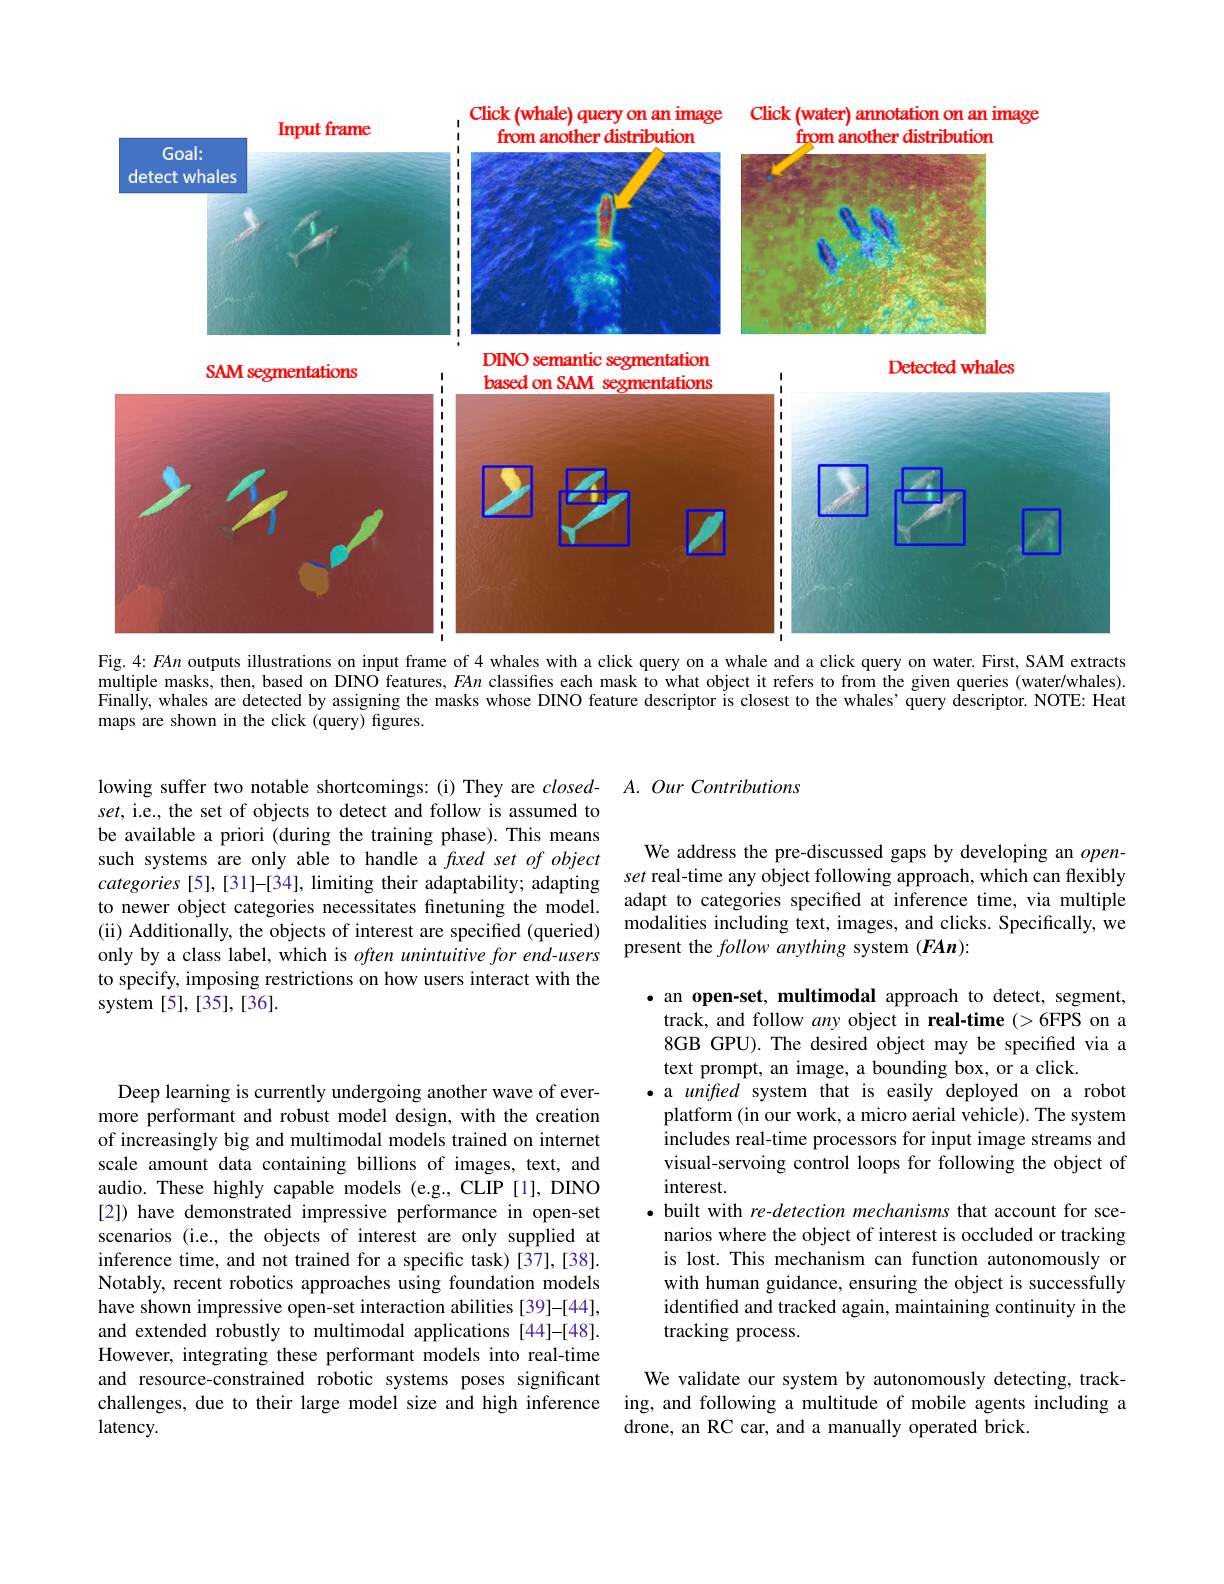
Click (water) annotation on an image
<FigureHere>

Click (whale) query on an image

Fig. $4:FAn$ outputs illustrations on input frame of 4 whales with a click query on a whale and a click query on water. First, SAM extracts

multiple masks, then, based on DINO features, FAn classifies each mask to what object it refers to from the given queries (water/whales). Finaliy, whales are detected by assigning the masks whose DINO feature descriptor is closest to the whales’query descriptor. NOTE: Heat maps are shown in the click (query) figures.

lowing suffer two notable shortcomings: (i) They are $closed-$ $A. Our$ Contributions
set, i.e., the set of objects to detect and follow is assumed to be available a priori (during the training phase). This means such systems are only able to handle a fixed set of object categories [5], [31]-[34], limiting their adaptability; adapting to newer object categories necessitates finetuning the model. (ii) Additionally, the objects of interest are specified (queried) only by a class label, which is often unintuitive for end-users to specify, imposing restrictions on how users interact with the system [5],[35],[36].

Deep learning is currently undergoing another wave of evermore performant and robust model design, with the creation of increasingly big and multimodal models trained on internet scale amount data containing billions of images, text, and audio. These highly capable models (e.g., CLIP [1], DINO [2]) have demonstrated impressive performance in open-set scenarios (i.e., the objects of interest are only supplied at inference time, and not trained for a specific task)[37],[38]. Notably, recent robotics approaches using foundation models have shown impressive open-set interaction abilities [39]-[44], and extended robustly to multimodal applications [44]-[48]. However, integrating these performant models into real-time and resource-constrained robotic systems poses significant challenges, due to their large model size and high inference latency.

We address the pre-discussed gaps by developing an $open-$ set real-time any object following approach, which can flexibly adapt to categories specified at inference time, via multiple modalities including text, images, and clicks. Specifically, we present the follow anything system (FAn):

$\bullet$ an open-set, multimodal approach to detect, segment, track, and follow any object in real-time (>6FPS on a 8GB GPU). The desired object may be specified via a text prompt, an image, a bounding box, or a click.
·a unifted system that is easily deployed on a robot platform (in our work, a micro aerial vehicle). The system includes real-time processors for input image streams and visual-servoing control loops for following the object of interest.
$\bullet$ built with re-detection mechanisms that account for scenarios where the object of interest is occluded or tracking is lost. This mechanism can function autonomously or with human guidance, ensuring the object is successfully identified and tracked again, maintaining continuity in the tracking process.

We validate our system by autonomously detecting, tracking, and following a multitude of mobile agents including a drone, an RC car, and a manually operated brick.